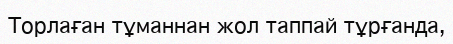
Торлаған тұманнан жол таппай тұрғанда,